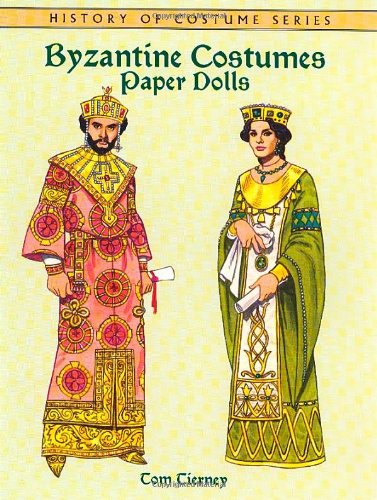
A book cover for Byzantine Costumes Paper Dolls (Dover Paper Dolls); Tom Tierney; Teen & Young Adult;